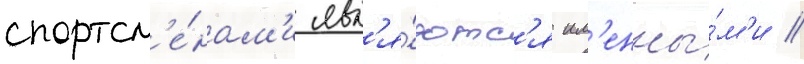
спортсм'е́нам'и явл'я́ютс'я им'енны́м'и //